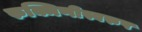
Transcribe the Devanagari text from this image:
रुक्मिणीस्वरुप